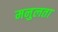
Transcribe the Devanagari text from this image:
मनुलता